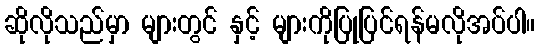
ဆိုလိုသည်မှာ များတွင် နှင့် များကိုပြုပြင်ရန်မလိုအပ်ပါ။